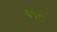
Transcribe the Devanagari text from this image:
एेण्ड